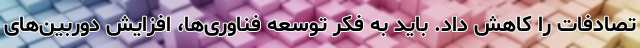
تصادفات را کاهش داد. باید به فکر توسعه فناوری‌ها، افزایش دوربین‌های